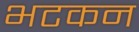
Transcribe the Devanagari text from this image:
भटकन